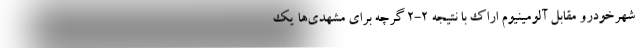
شهرخودرو مقابل آلومینیوم اراک با نتیجه 2-2 گرچه برای مشهدی‌ها یک